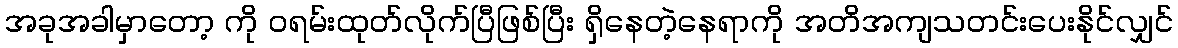
အခုအခါမှာတော့ ကို ဝရမ်းထုတ်လိုက်ပြီဖြစ်ပြီး ရှိနေတဲ့နေရာကို အတိအကျသတင်းပေးနိုင်လျှင်